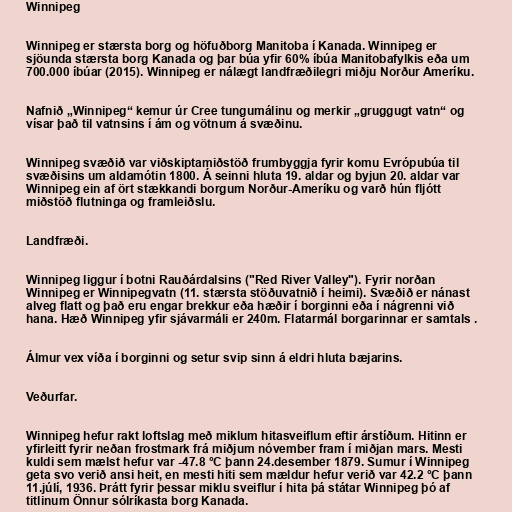
Winnipeg

Winnipeg er stærsta borg og höfuðborg Manitoba í Kanada. Winnipeg er
sjöunda stærsta borg Kanada og þar búa yfir 60% íbúa Manitobafylkis eða um
700.000 íbúar (2015). Winnipeg er nálægt landfræðilegri miðju Norður Ameríku.

Nafnið „Winnipeg“ kemur úr Cree tungumálinu og merkir „gruggugt vatn“ og
vísar það til vatnsins í ám og vötnum á svæðinu.

Winnipeg svæðið var viðskiptamiðstöð frumbyggja fyrir komu Evrópubúa til
svæðisins um aldamótin 1800. Á seinni hluta 19. aldar og byjun 20. aldar var
Winnipeg ein af ört stækkandi borgum Norður-Ameríku og varð hún fljótt
miðstöð flutninga og framleiðslu.

Landfræði.

Winnipeg liggur í botni Rauðárdalsins ("Red River Valley"). Fyrir norðan
Winnipeg er Winnipegvatn (11. stærsta stöðuvatnið í heimi). Svæðið er nánast
alveg flatt og það eru engar brekkur eða hæðir í borginni eða í nágrenni við
hana. Hæð Winnipeg yfir sjávarmáli er 240m. Flatarmál borgarinnar er samtals .

Álmur vex víða í borginni og setur svip sinn á eldri hluta bæjarins.

Veðurfar.

Winnipeg hefur rakt loftslag með miklum hitasveiflum eftir árstíðum. Hitinn er
yfirleitt fyrir neðan frostmark frá miðjum nóvember fram í miðjan mars. Mesti
kuldi sem mælst hefur var -47.8 °C þann 24.desember 1879. Sumur í Winnipeg
geta svo verið ansi heit, en mesti hiti sem mældur hefur verið var 42.2 °C þann
11.júlí, 1936. Þrátt fyrir þessar miklu sveiflur í hita þá státar Winnipeg þó af
titlinum Önnur sólríkasta borg Kanada.